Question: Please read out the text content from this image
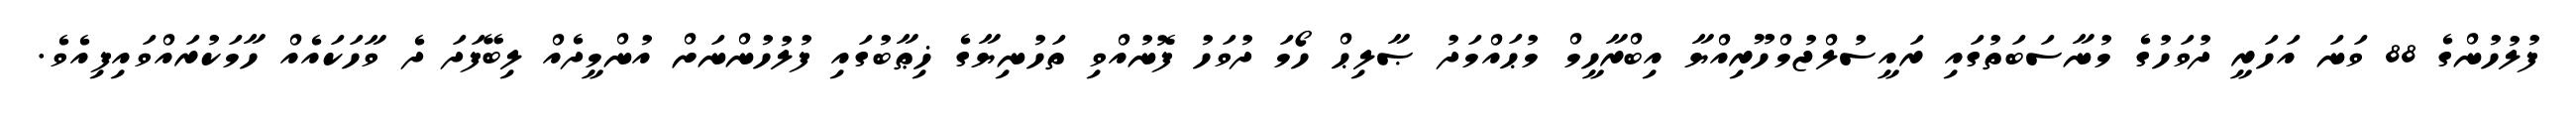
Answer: ފުލުހުންގެ 88 ވަނަ އަހަރީ ދުވަހުގެ މުނާސަބަތުގައި ރައީސުލްޖުމްހޫރިއްޔާ އިބްރާހީމް މުޙައްމަދު ޞާލިޙް ހޯމަ ދުވަހު ފޮނުއްވި ތަހުނިޔާގެ ޚިޠާބުގައި ފުލުހުންނަށް އުންމީދެއް ލިބޭފަދަ ދެ ވާހަކައެއް ހާމަކުރައްވައިފިއެވެ.